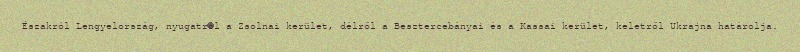
Északról Lengyelország, nyugatról a Zsolnai kerület, délről a Besztercebányai és a Kassai kerület, keletről Ukrajna határolja.